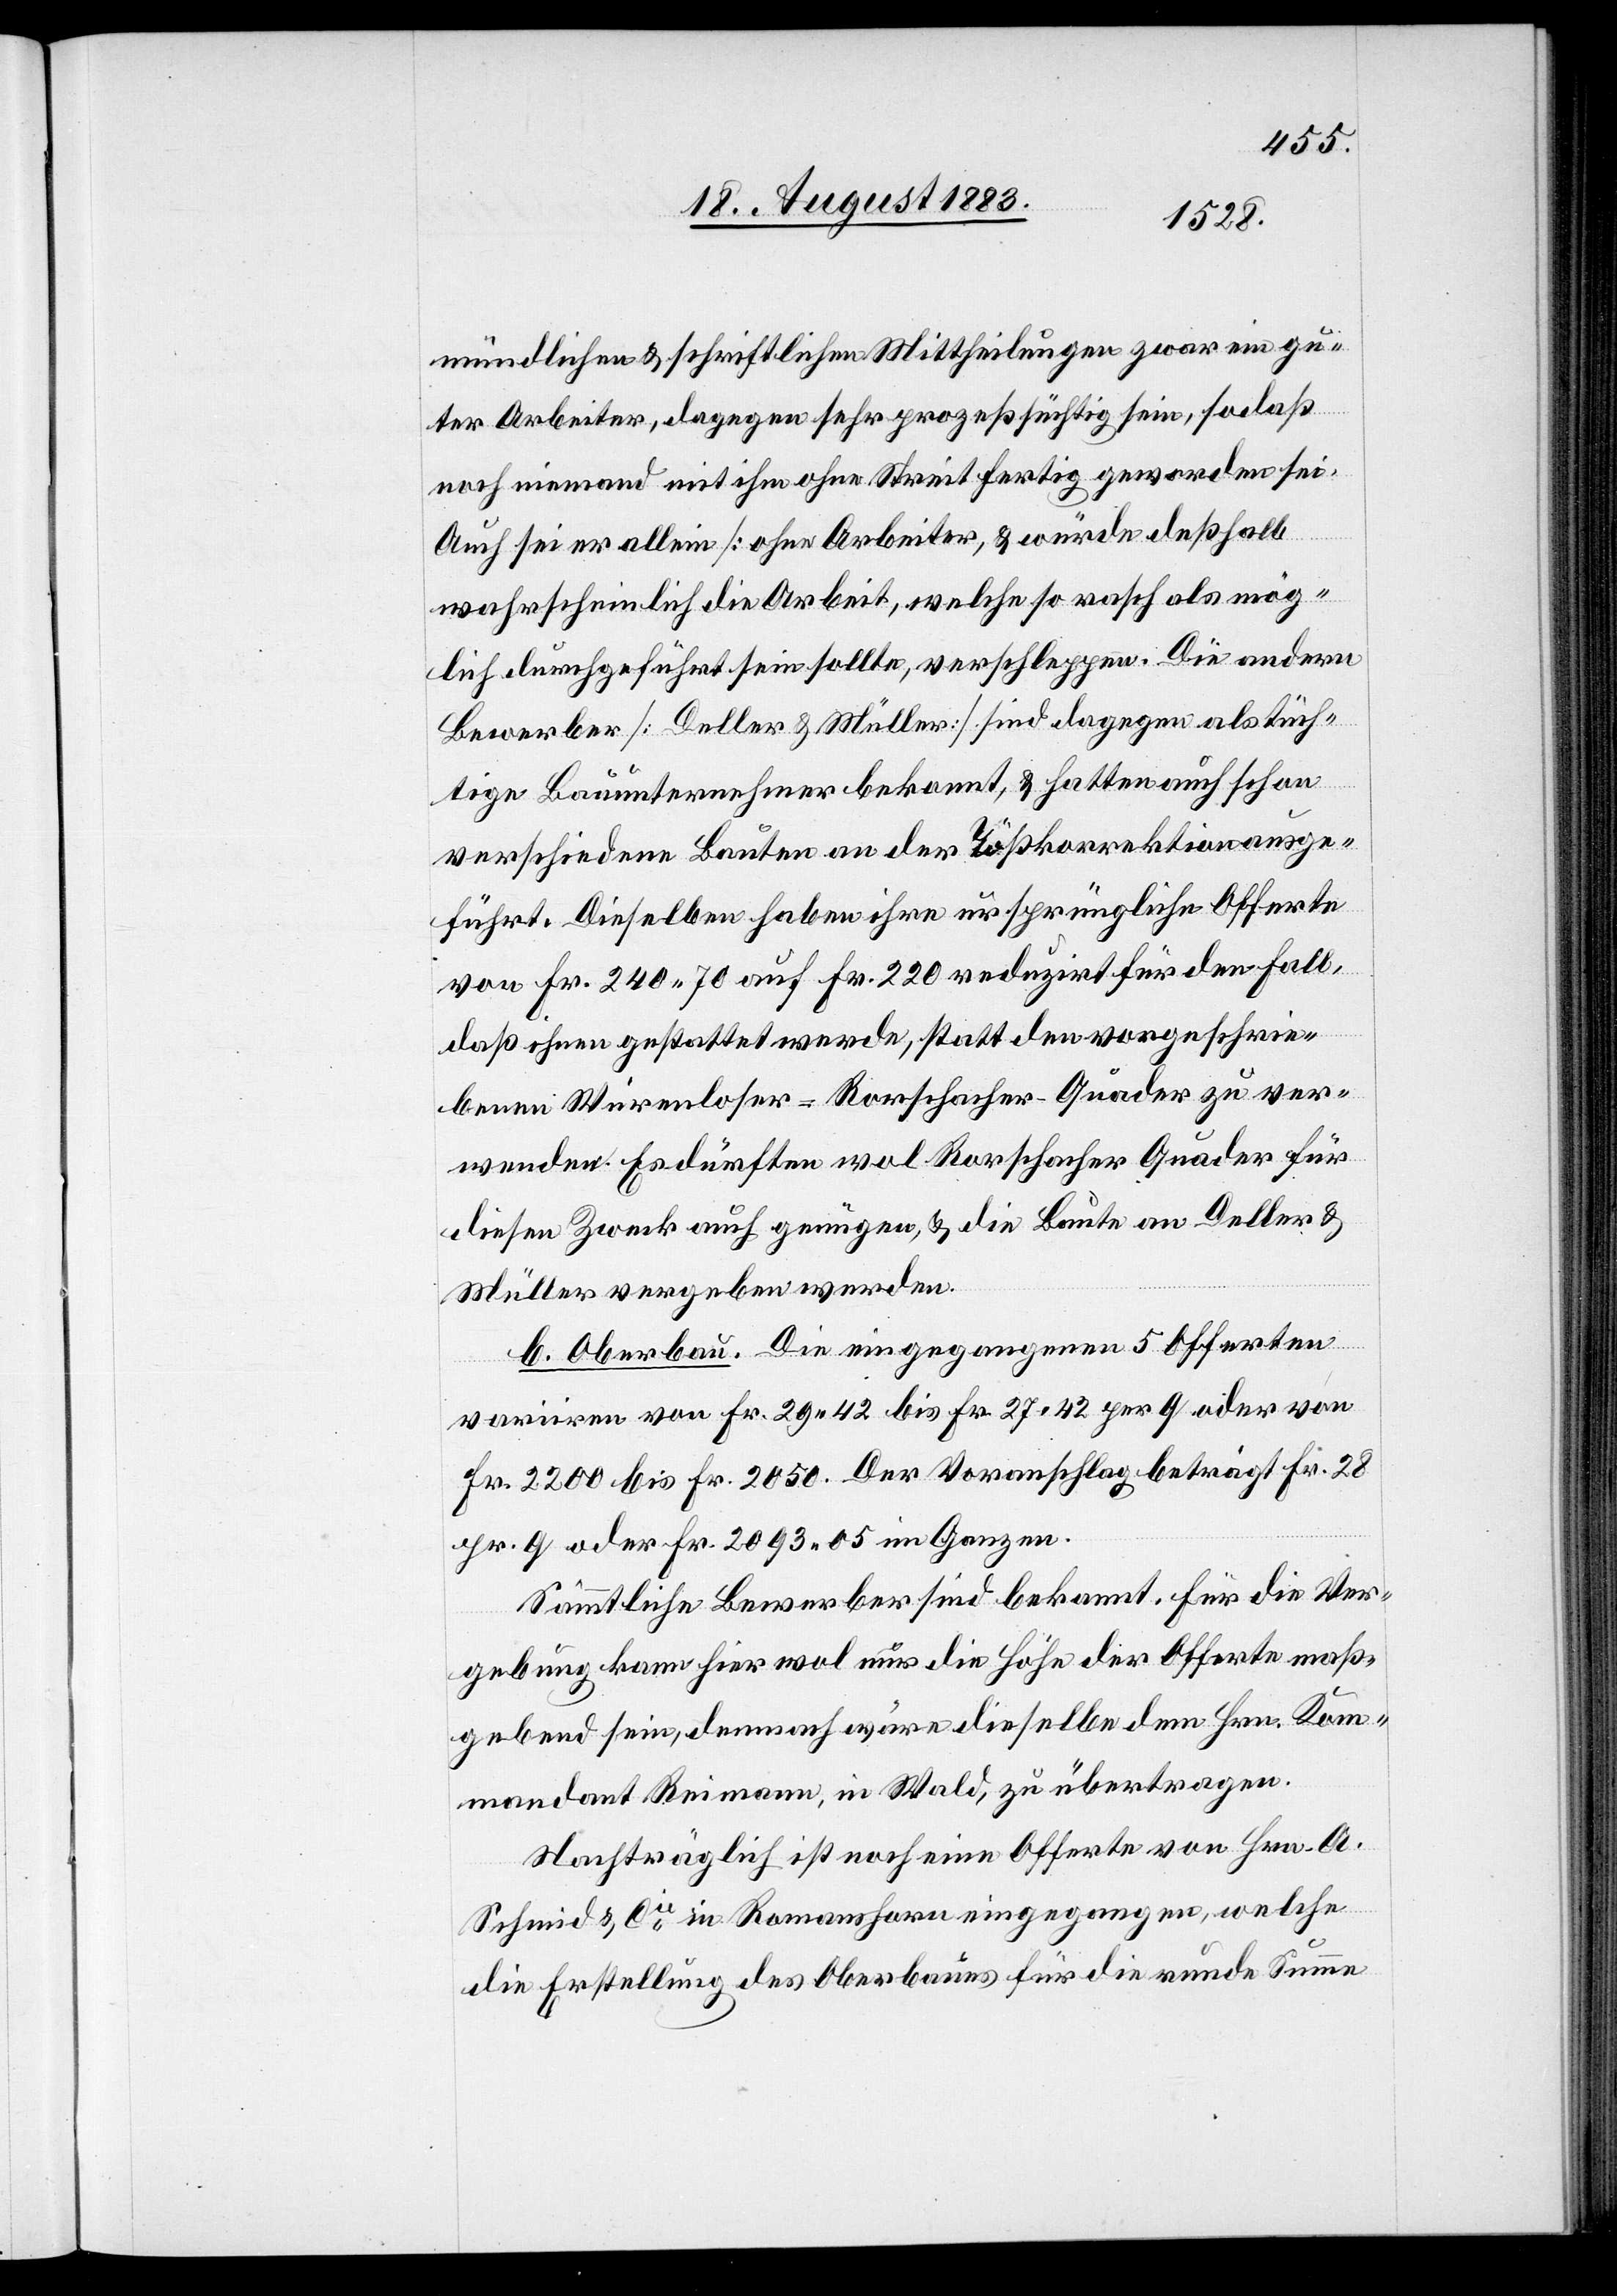
mündlichen & schriftlichen Mittheilungen zwar ein gu¬
ter Arbeiter, dagegen sehr prozeßsüchtig sein, so daß
noch niemand mit ihm ohne Streit fertig geworden sei.
Auch sei er allein [ohne Arbeiter], & würde deßhalb
wahrscheinlich die Arbeit, welche so rasch als mög¬
lich durchgeführt sein sollte, verschleppen. Die andern
Bewerber [Deller & Müller] sind dagegen als tüch¬
tige Bauunternehmer bekannt, & hatten auch schon
verschiedene Bauten an der Tößkorrektion ausge¬
führt. Dieselben haben ihre ursprüngliche Offerte
von Fr. 240 70 auf Fr. 220 reduzirt für den Fall,
daß ihnen gestattet werde, statt den vorgeschrie¬
benen Würenloser- Rorschacher-Quader zu ver¬
wenden. Es dürften wol Rorschacher Quader für
diesen Zweck auch genügen, & die Baute an Deller &
Müller vergeben werden.
b. Oberbau. Die eingegangen 5 Offerten
variiren von Fr. 29 42 bis Fr. 27 42 per q oder von
Fr. 2200 bis Fr. 2050. Der Voranschlag beträgt Fr. 28
pr. q oder Fr. 2093 05 im Ganzen.
Sämmtliche Bewerber sind bekannt. Für die Ver¬
gebung kann hier wol nur die Höhe der Offerte maß¬
gebend sein, demnach wären dieselben dem Hrn. Kom¬
mandant Reimann, in Wald, zu übertragen.
Nachträglich ist noch eine Offerte von Hrn. A.
Schmid & Cie in Romanshorn eingegangen, welche
die Erstellung des Oberbaues für die runde Summe